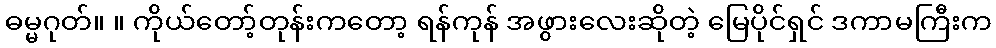
ဓမ္မဂုတ်။ ။ ကိုယ်တော့်တုန်းကတော့ ရန်ကုန် အဖွားလေးဆိုတဲ့ မြေပိုင်ရှင် ဒကာမကြီးက